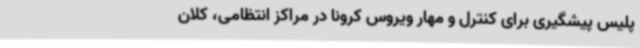
پلیس پیشگیری برای کنترل و مهار ویروس کرونا در مراکز انتظامی، کلان